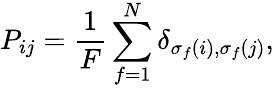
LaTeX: P_{ij}=\frac{1}{F}\sum_{f=1}^{N}\delta_{\sigma_{f}(i),\sigma_{f}(j)},